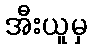
အီးယူမှ